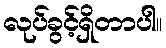
လုပ်ခွင့်ရှိတာပါ။